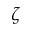
\zeta